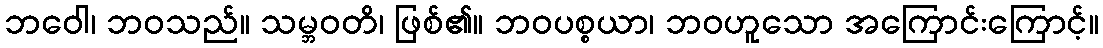
ဘဝေါ၊ ဘဝသည်။ သမ္ဘဝတိ၊ ဖြစ်၏။ ဘဝပစ္စယာ၊ ဘဝဟူသော အကြောင်းကြောင့်။